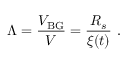
\Lambda = \frac { V _ { \mathrm { B G } } } { V } = \frac { R _ { s } } { \xi ( t ) } \ .